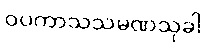
ဝပကာသသမဏသုခါ